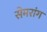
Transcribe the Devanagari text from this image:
सेमरांग